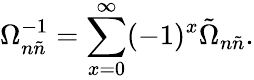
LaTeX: \Omega_{n\tilde{n}}^{-1}=\sum_{x=0}^{\infty}(-1)^{x}\tilde{\Omega}_{n\tilde{n}}.